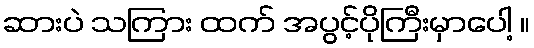
ဆားပဲ သကြား ထက် အပွင့်ပိုကြီးမှာပေါ့ ။